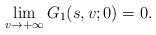
LaTeX: \begin{align*}\lim_{v\rightarrow +\infty}G_1(s,v;0)=0.\end{align*}